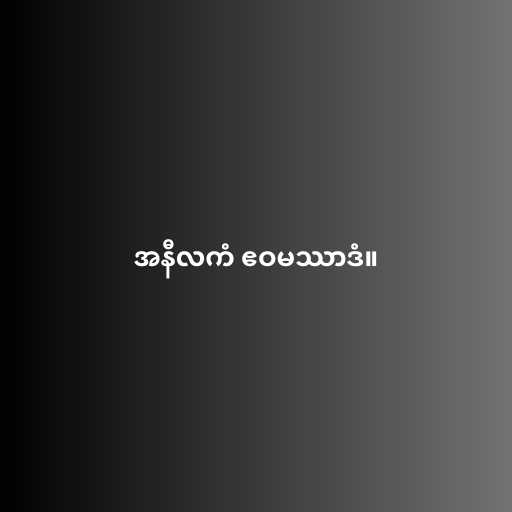
အနီလကံ ဧဝမဿာဒံ။